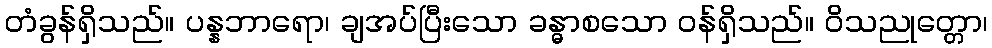
တံခွန်ရှိသည်။ ပန္နဘာရော၊ ချအပ်ပြီးသော ခန္ဓာစသော ဝန်ရှိသည်။ ဝိသညုတ္တော၊